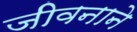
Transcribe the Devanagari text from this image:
जीवनाने